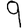
Digit: 9